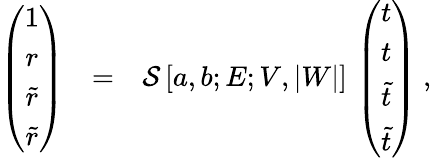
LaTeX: \begin{array}{ccl}{{\left(\begin{array}{c}{{1}}\\ {{r}}\\ {{\tilde{r}}}\\ {{\tilde{r}}}\end{array}\right)}}&{{=}}&{{\mathcal{S}\, [a,b;E;V,|W|]\, \left(\begin{array}{c}{{t}}\\ {{t}}\\ {{\tilde{t}}}\\ {{\tilde{t}}}\end{array}\right)~,}}\end{array}